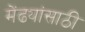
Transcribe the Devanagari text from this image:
मेंढ्यांसाठी